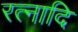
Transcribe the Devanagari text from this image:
रत्नादि